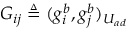
G _ { i j } \triangleq ( g _ { i } ^ { b } , g _ { j } ^ { b } ) _ { U _ { a d } }